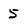
Character: 5